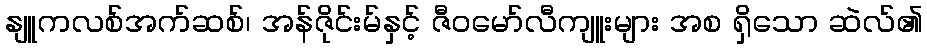
နျူကလစ်အက်ဆစ်၊ အန်ဇိုင်းမ်နှင့် ဇီဝမော်လီကျူးများ အစ ရှိသော ဆဲလ်၏